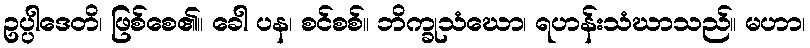
ဥပ္ပါဒေတိ၊ ဖြစ်စေ၏။ ခေါ ပန၊ စင်စစ်။ ဘိက္ခုသံဃော၊ ရဟန်းသံဃာသည်။ မဟာ၊